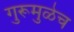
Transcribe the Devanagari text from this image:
गुरूमुळेच